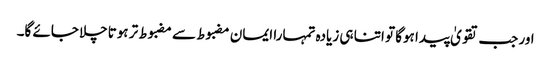
اور جب تقویٰ پیدا ہوگا تو اتنا ہی زیادہ تمہارا ایمان مضبوط سے مضبوط تر ہوتاچلا جائے گا۔